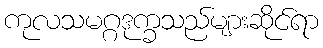
ကုလသမဂ္ဂဒုက္ခသည်များဆိုင်ရာ